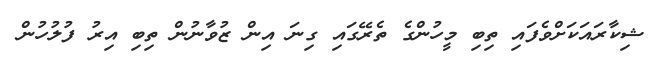
ޝިކާރައަކަށްވެފައި ތިބި މީހުންގެ ތެރޭގައި ގިނަ އިން ޒުވާނުން ތިބި އިރު ފުލުހުން